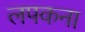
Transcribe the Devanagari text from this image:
लपकना